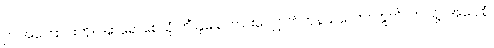
ဤအကြောင်းကို။ အာရောစေသုံ ကိံ နုခေါ၊ ကြားလျှောက်ကုန်သလော။ ဣတိ၊ ဤသို့။ အဝေါစုံ၊